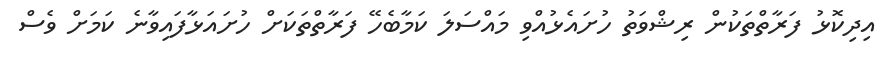
އިދިކޮޅު ފަރާތްތަކުން ރިޝްވަތު ހުށައެޅުއްވި މައްސަލަ ކަމާބެހޭ ފަރާތްތަކަށް ހުށައަޅާފައިވާނެ ކަމަށް ވެސް